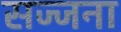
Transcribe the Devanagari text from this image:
सज्जना